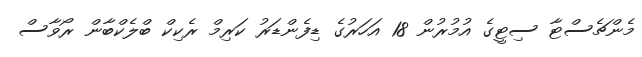
މެންޗެސްޓާ ސިޓީގެ އުމުރުން 18 އަހަރުގެ ޑިފެންޑަރު ކަރިމް ރެކިކް ބްލެކްބާން ރޯވާސް